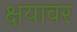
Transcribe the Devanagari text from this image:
क्षयावर